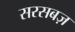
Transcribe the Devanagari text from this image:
सरसबज़